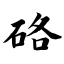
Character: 硌